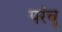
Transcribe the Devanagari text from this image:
परंबू